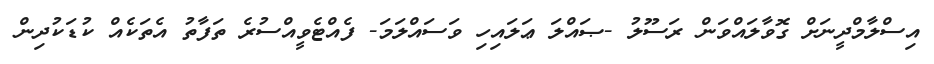
އިސްލާމްދީނަށް ގޮވާލައްވަން ރަސޫލު -ޞައްލަ ޢަލައިހި ވަސައްލަމަ- ފެއްޓެވީއްސުރެ ތަފާތު އެތަކެއް ކުޑަކުދިން